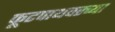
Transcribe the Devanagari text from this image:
फूटपाथवरच्या